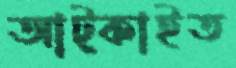
আট্‌কাইত